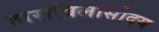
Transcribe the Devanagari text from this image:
ताराविलासोदय